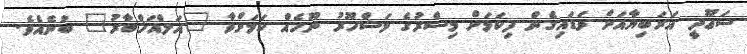
ސަޢޫދީ އަރަބިޔާއަށް ވަޑައިގެން ފިކަމަށް މިސްރުގެ މަޝްހޫރު ނޫހެއް ކަމަށްވާ "އަލްއަޚްބާރު" ބުނެއެވެ.